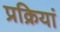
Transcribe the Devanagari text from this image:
प्रक्रियां